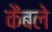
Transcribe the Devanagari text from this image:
कैंबले